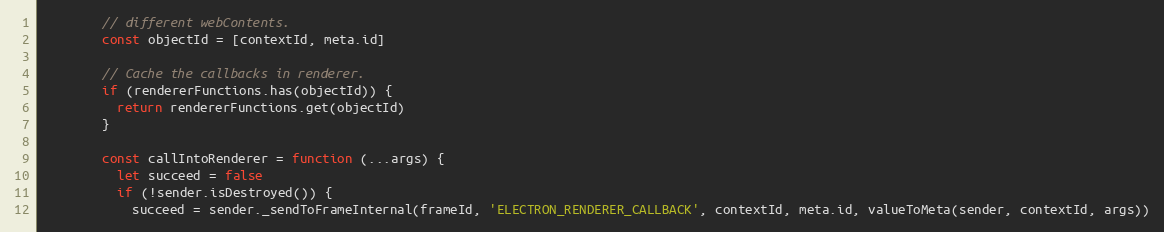
Language: JavaScript
        // different webContents.
        const objectId = [contextId, meta.id]

        // Cache the callbacks in renderer.
        if (rendererFunctions.has(objectId)) {
          return rendererFunctions.get(objectId)
        }

        const callIntoRenderer = function (...args) {
          let succeed = false
          if (!sender.isDestroyed()) {
            succeed = sender._sendToFrameInternal(frameId, 'ELECTRON_RENDERER_CALLBACK', contextId, meta.id, valueToMeta(sender, contextId, args))